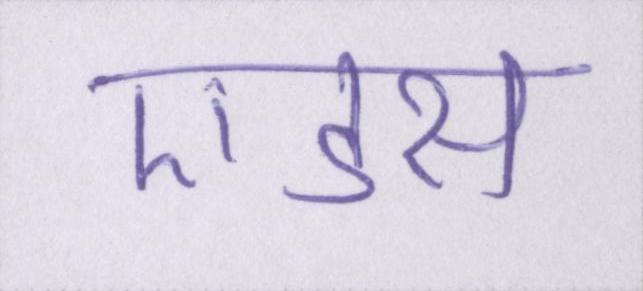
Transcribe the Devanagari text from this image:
एडस